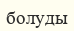
болуды